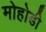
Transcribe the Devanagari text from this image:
मोहोडी